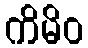
ကိမိဝ